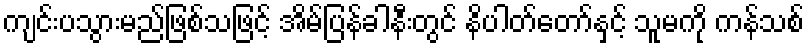
ကျင်းပသွားမည်ဖြစ်သဖြင့် အိမ်ပြန်ခါနီးတွင် နိပါတ်တော်နှင့် သူမကို ကန်သစ်